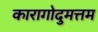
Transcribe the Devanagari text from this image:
कारागोदुमत्तम